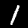
Digit: 1